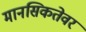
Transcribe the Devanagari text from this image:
मानसिकतेवर